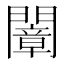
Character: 𨶤